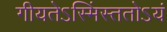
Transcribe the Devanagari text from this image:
गीयतेऽस्मिंस्ततोऽयं